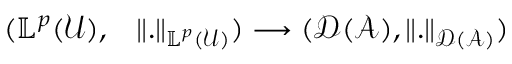
\begin{array} { r l } { ( \mathbb { L } ^ { p } ( \mathcal { U } ) , } & { { } \Vert . \Vert _ { \mathbb { L } ^ { p } ( \mathcal { U } ) } ) \longrightarrow ( \mathcal { D } ( \mathcal { A } ) , \Vert . \Vert _ { \mathcal { D } ( \mathcal { A } ) } ) } \end{array}